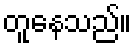
တူနေသည်။